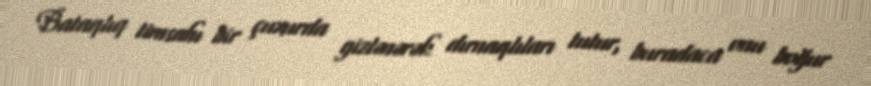
Bataqlıq timsahı bir çuxurda gizlənərək dırnaqlıları tutur, buradaca onu boğur